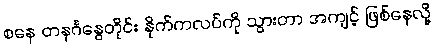
စနေ တနင်္ဂနွေတိုင်း နိုက်ကလပ်ကို သွားတာ အကျင့် ဖြစ်နေလို့